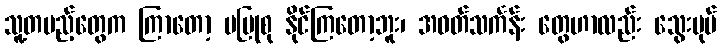
သူ့တပည့်တွေက ကြာတော့ မပြုစု နိုင်ကြတော့ဘူး၊ အဝတ်သင်္ကန်း တွေဟာလည်း သွေးပုပ်